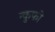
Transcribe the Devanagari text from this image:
न्कुफो